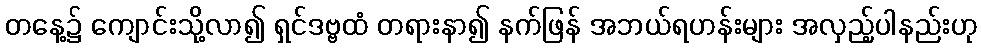
တနေ့၌ ကျောင်းသို့လာ၍ ရှင်ဒဗ္ဗထံ တရားနာ၍ နက်ဖြန် အဘယ်ရဟန်းများ အလှည့်ပါနည်းဟု